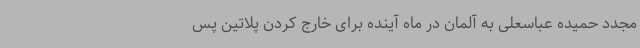
مجدد حمیده عباسعلی به آلمان در ماه آینده برای خارج کردن پلاتین پس